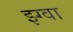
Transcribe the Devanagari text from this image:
झ्ग्वा